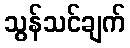
သွန်သင်ချက်